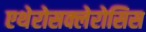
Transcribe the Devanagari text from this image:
एथेरोसक्लेरोसिस